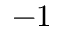
- 1